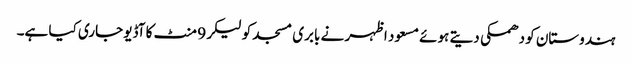
ہندوستان کو دھمکی دیتے ہوئے مسعود اظہر نے بابری مسجد کو لیکر 9 منٹ کا آڈیو جاری کیا ہے۔